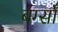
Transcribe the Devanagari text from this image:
बर्ग्साँ